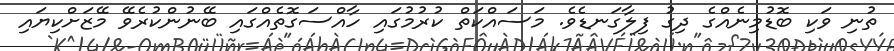
ތުނި ވަކި ބޮޑުމިނެއްގެ ދިގު ފިލާގަނޑެވެ. މަސައްކަތް ކުރުމުގައި ހާއްސަގޮތެއްގައި ބޭނުންކުރެވޭ މޭޒަށްކިޔައި